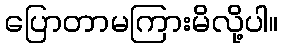
ပြောတာမကြားမိလို့ပါ။